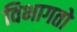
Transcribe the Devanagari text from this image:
विभागतो